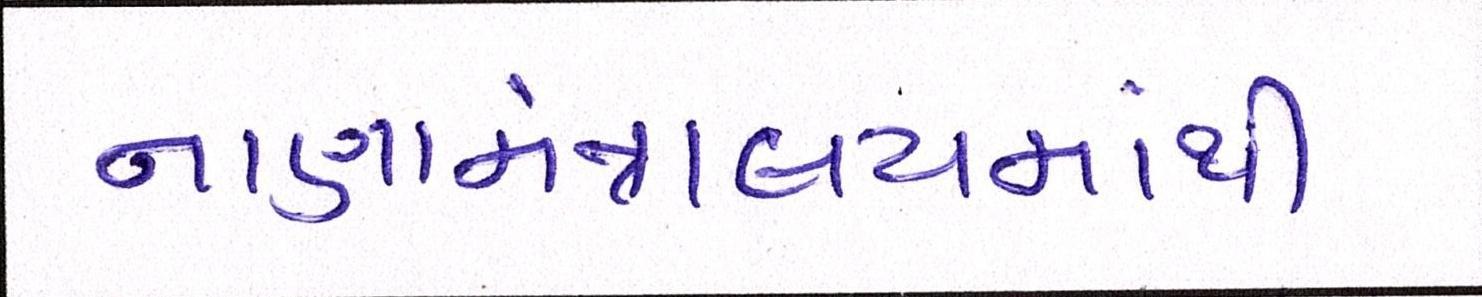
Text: નાણામંત્રાલયમાંથી